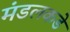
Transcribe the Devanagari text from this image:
मंडलकडे